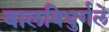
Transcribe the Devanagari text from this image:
बालविधुर्गले